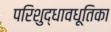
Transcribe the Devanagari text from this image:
परिशुद्धावधूतिका